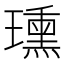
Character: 𤪠